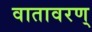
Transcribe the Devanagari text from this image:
वातावरण्